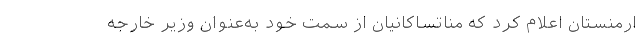
ارمنستان اعلام کرد که مناتساکانیان از سمت خود به‌عنوان وزیر خارجه